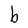
Character: b